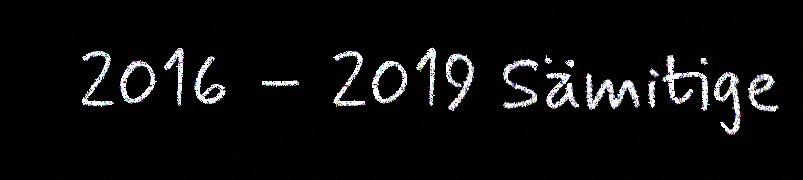
2016 – 2019 Sämitige